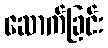
ဆောက်ခြင်း